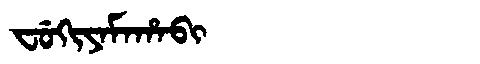
Manchu: ᠸᡠᡴᡳᠶᠠᠮᠠᡥᠠᠪᡳ
Romanization: FUKIYAMAHABI